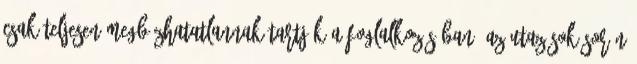
csak teljesen megbízhatatlannak tartják a foglalkozásában. Az utazások során